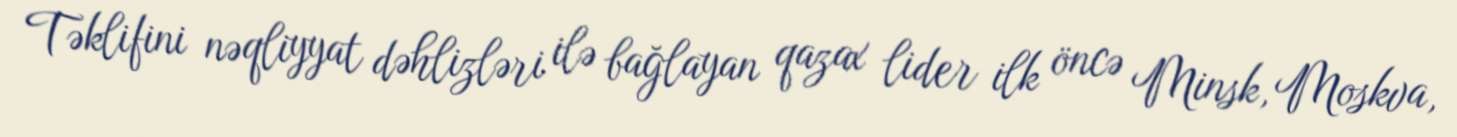
Təklifini nəqliyyat dəhlizləri ilə bağlayan qazax lider ilk öncə Minsk, Moskva,